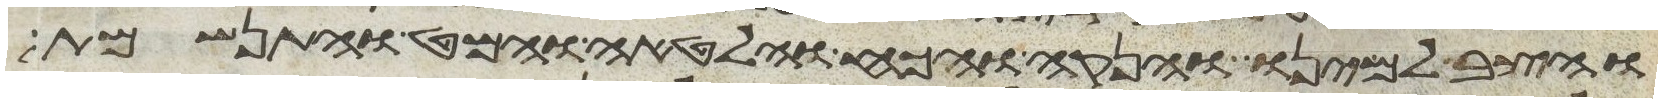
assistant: והצב למינו והאנקה והכח והלאטה והמט והתנשמת